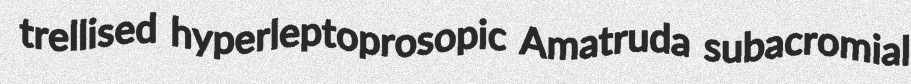
trellised hyperleptoprosopic Amatruda subacromial